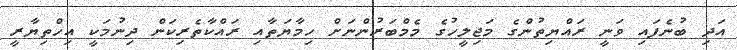
އަދި ބުނެފައި ވަނީ ރައްޔިތުންގެ މަޖިލީހުގެ މެމްބަރުންނަށް ހިމާޔަތާއި ރައްކާތެރިކަން ދިނުމަކީ އިހްތިޔާރީ